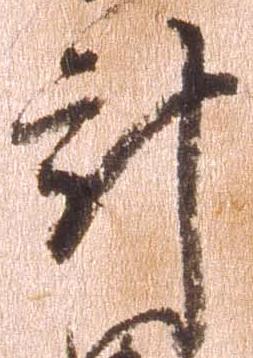
計